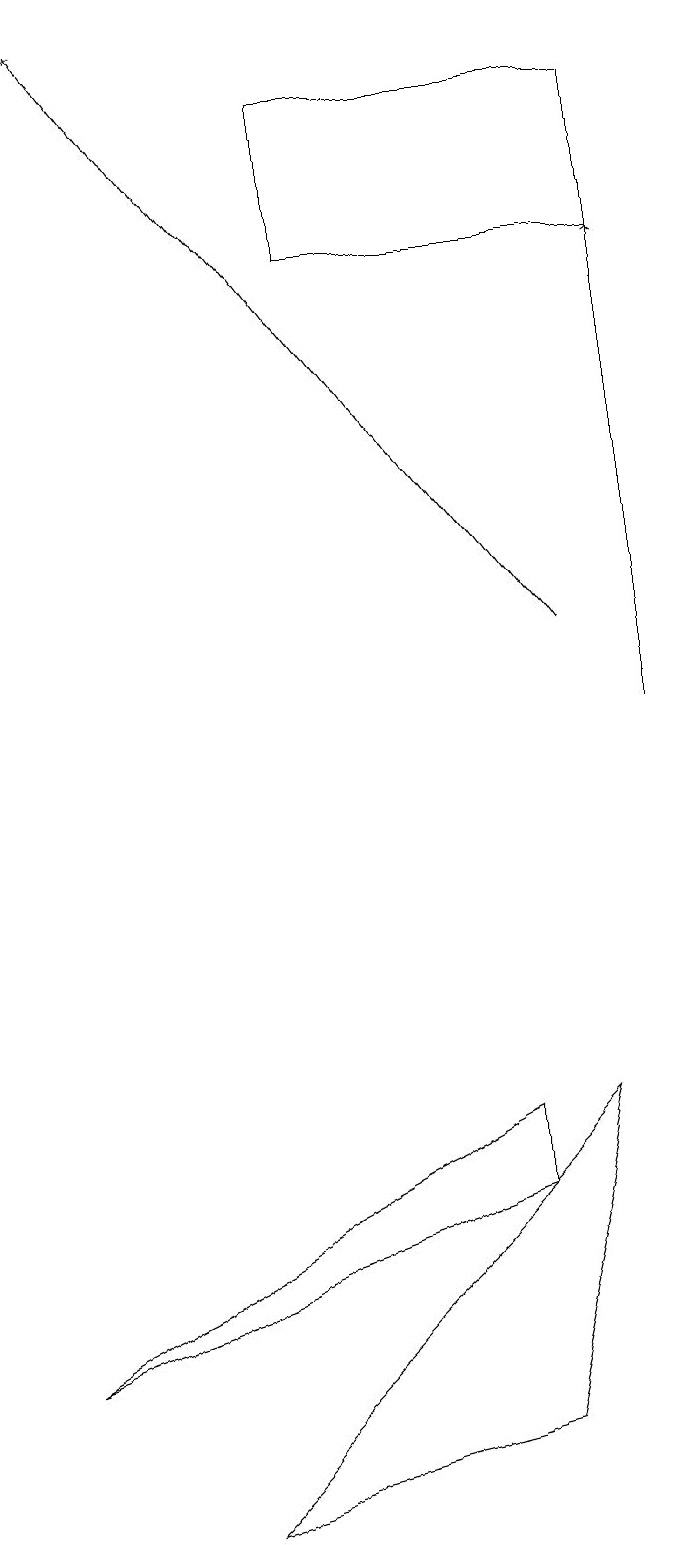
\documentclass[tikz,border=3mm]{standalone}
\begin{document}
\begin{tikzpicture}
\draw (7,5) -- (6,1) -- (2,0) -- cycle;
\draw[->] (7,11) -- (1,19);
\draw[->] (8,10) -- (8,16);
\draw (6,4) -- (6,5) -- (0,2) -- cycle;
\draw (4,16) rectangle (8,18);
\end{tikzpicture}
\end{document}